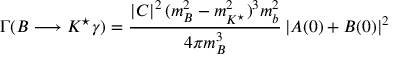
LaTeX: \Gamma ( B \longrightarrow K ^ { \star } \gamma ) = \frac { \left| C \right| ^ { 2 } ( m _ { B } ^ { 2 } - m _ { K ^ { \star } } ^ { 2 } ) ^ { 3 } m _ { b } ^ { 2 } } { 4 \pi m _ { B } ^ { 3 } } \left| A ( 0 ) + B ( 0 ) \right| ^ { 2 }